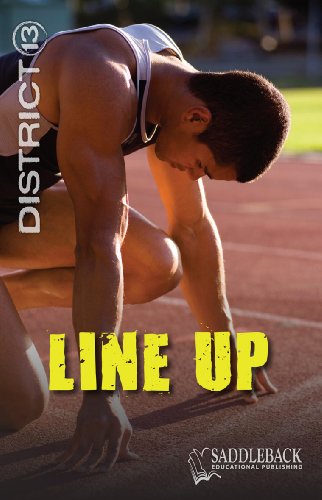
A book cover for Line Up (District 13); Alex Kuskowski; Children's Books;